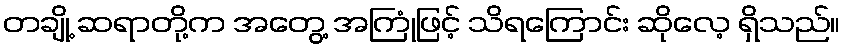
တချို့ ဆရာတို့က အတွေ့ အကြုံဖြင့် သိရကြောင်း ဆိုလေ့ ရှိသည်။